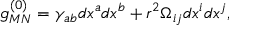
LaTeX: g _ { M N } ^ { ( 0 ) } = \gamma _ { a b } d x ^ { a } d x ^ { b } + r ^ { 2 } \Omega _ { i j } d x ^ { i } d x ^ { j } ,